Leaving Certificate Examination, 1915
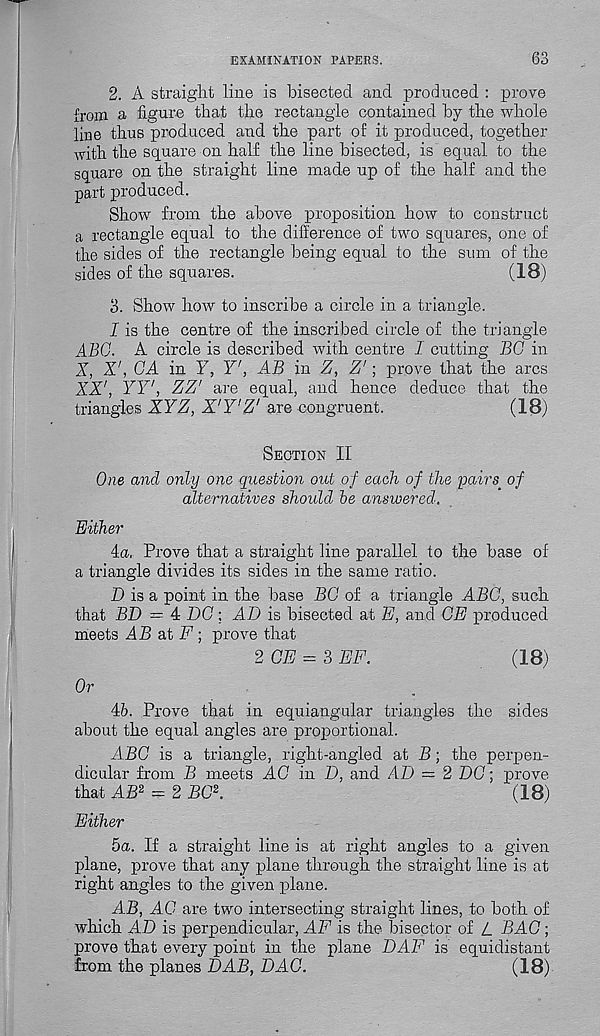
EXAMINATION PAPERS.
63
2. A straight line is bisected and produced : prove
from a figure that the rectangle contained by the whole
line thus produced and the part of it produced, together
with the square on half the line bisected, is equal to the
square on the straight line made up of the half and the
part produced.
Show from the above proposition how to construct
a rectangle equal to the difference of two squares, one of
the sides of the rectangle being equal to the sum of the
sides of the squares.
(18)
3. Show how to inscribe a circle in a triangle.
I is the centre of the inscribed circle of the triangle
ABC. A circle is described with centre I cutting BG in
X, X', GA in Y, Y', AB in Z, Z'; prove that the arcs
XX', YY', ZZ' are equal, and hence deduce that the
triangles XYZ, X'Y'Z' are congruent.
(18)
Section II
One and only one question out of each of the pairs of
alternatives should be answered.
Either
4a, Prove that a straight line parallel to the base of
a triangle divides its sides in the same ratio.
D is a point in the base BG of a triangle ABG, such
that BD = 4 DG; AD is bisected at E, and GE produced
meets AB at F ; prove that
2 GE — 3 EF.
(18)
Or
ib. Prove that in equiangular triangles the sides
about the equal angles are proportional.
ABG is a triangle, right-angled at B; the perpen-
dicular from B meets AC in D, and AD = 2 DG; prove
that AB 2 = 2 BG 2 .
(18)
Either
5a. If a straight line is at right angles to a given
plane, prove that any plane through the straight line is at
right angles to the given plane.
AB, AG are two intersecting straight lines, to both of
which AD is perpendicular, AF is the bisector of L BAG;
prove that every point in the plane DAF is equidistant
from the planes DAB, DAG.
(18)